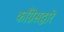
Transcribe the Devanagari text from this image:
काँग्रेसद्वारे